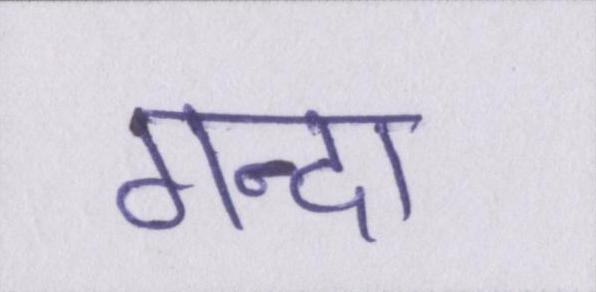
गन्दा